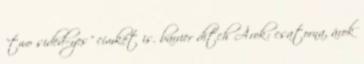
"two sided=yes" címkét is. barrier ditch Árok: csatorna, árok